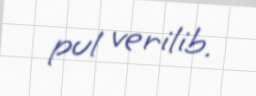
pul verilib.